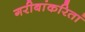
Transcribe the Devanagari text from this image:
गरीबांकरितां